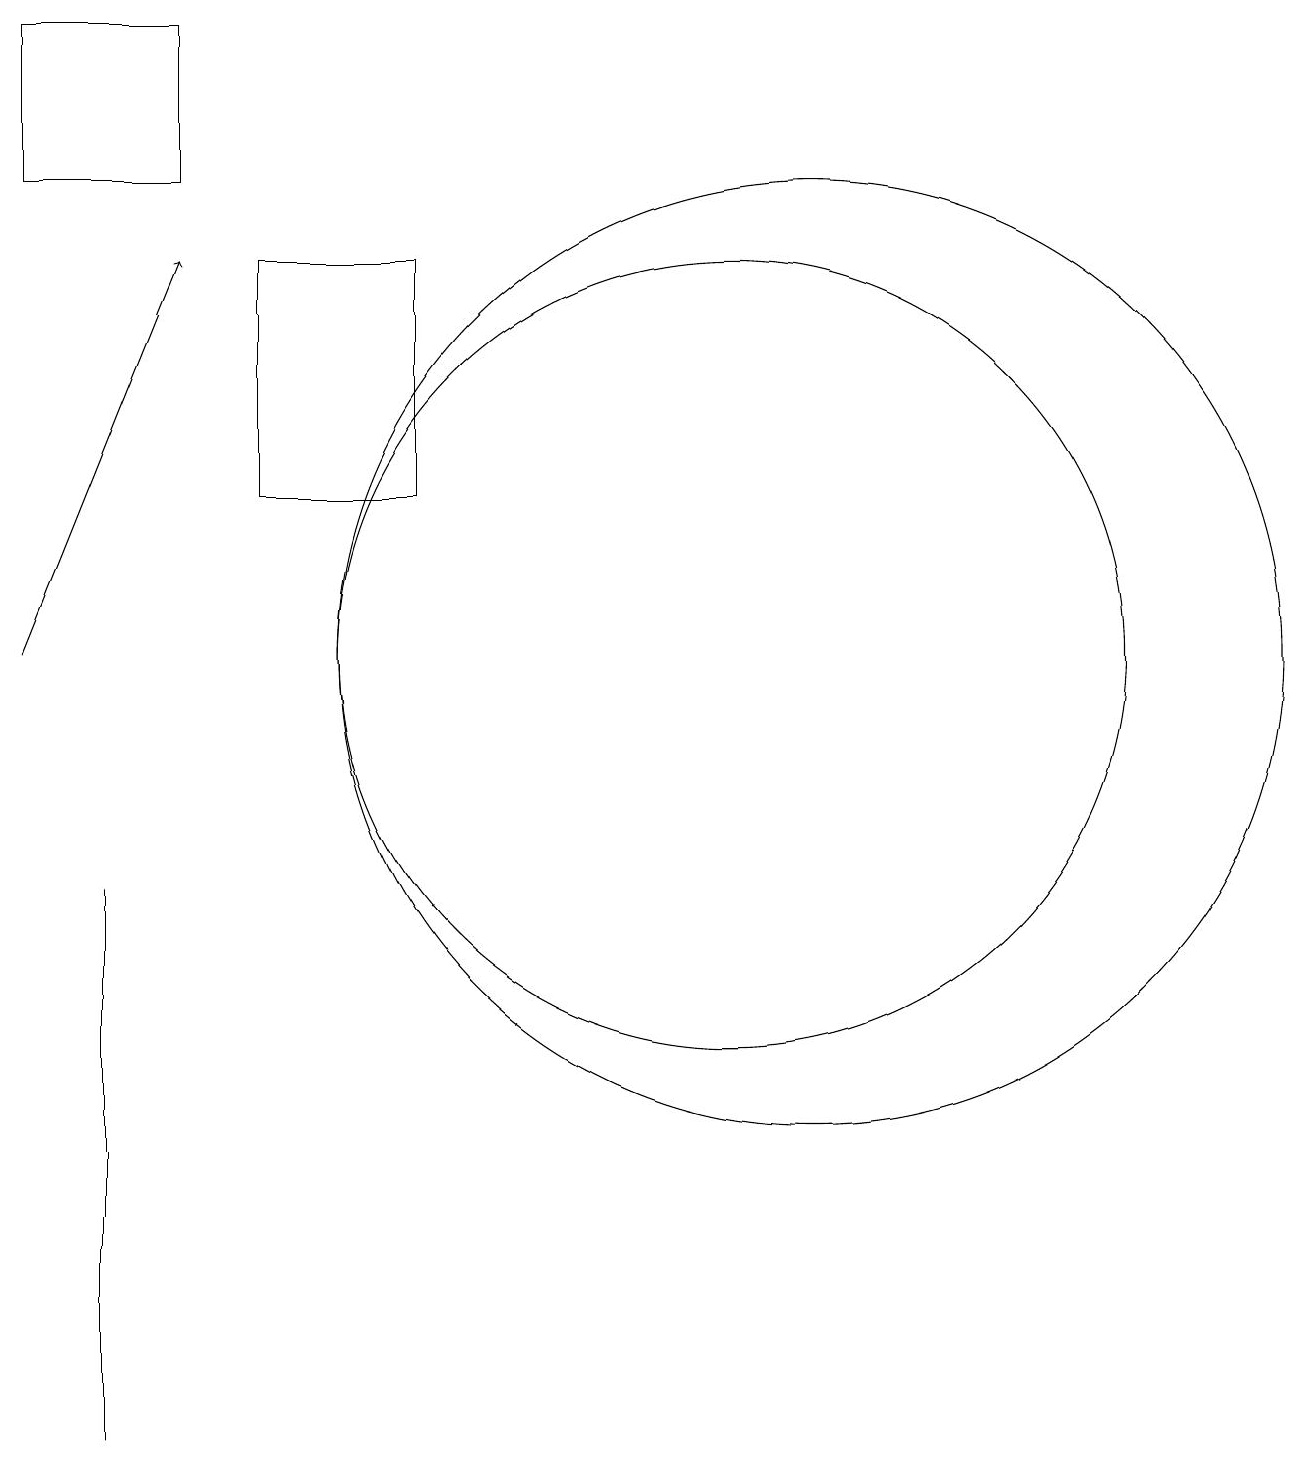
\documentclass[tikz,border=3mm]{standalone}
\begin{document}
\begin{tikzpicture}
\draw (11,11) circle (5);
\draw (12,11) circle (6);
\draw[->] (2,11) -- (4,16);
\draw (3,8) -- (3,1) -- (3,7) -- cycle;
\draw (2,17) rectangle (4,19);
\draw (7,13) rectangle (5,16);
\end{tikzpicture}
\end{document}